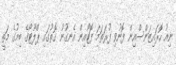
ނިއު ހޮރައިޒަންސްއިން ފޮނުވި ފުރަތަމަ ފޮޓޯއިން އެނގުނު ގޮތުގައި ޕްލޫޓޯގެ ބިމުގެ މަތީ